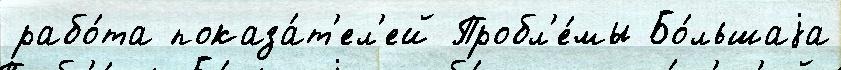
рабо́та показа́т'ел'ей Пробл'е́мы Бо́льшаjа